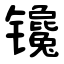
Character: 镵